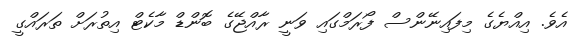
އެވެ. އިއްޔެގެ މިފައިނޭންސް ފޯރަމްގައި ވަނީ ރާއްޖޭގެ ބޮންޑް މާކެޓް އިތުރަށް ތަރައްގީ